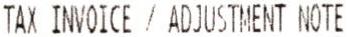
TAX INVOICE / ADJUSTMENT NOTE